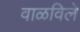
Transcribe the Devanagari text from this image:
वाळविले